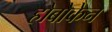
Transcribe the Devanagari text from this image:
होबोकेन